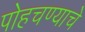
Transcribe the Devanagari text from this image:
पोहचण्याचे